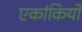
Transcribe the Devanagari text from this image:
एकांकियो